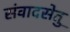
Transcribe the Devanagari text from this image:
संवादसेतु